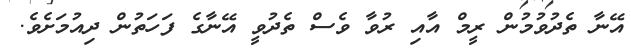
އޭނާ ތެދުވުމުން ރީމް އާއި ރުވާ ވެސް ތެދުވީ އޭނާގެ ފަހަތުން ދިއުމަށެވެ.